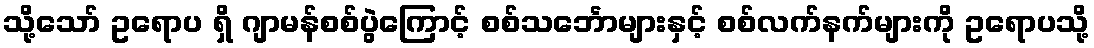
သို့သော် ဥရောပ ရှိ ဂျာမန်စစ်ပွဲကြောင့် စစ်သင်္ဘောများနှင့် စစ်လက်နက်များကို ဥရောပသို့